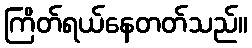
ကြိတ်ရယ်နေတတ်သည်။